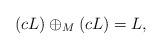
LaTeX: \begin{align*} (cL)\oplus_M (cL)=L,\end{align*}